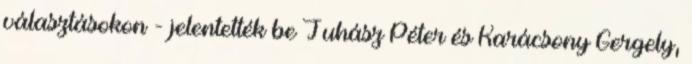
választásokon - jelentették be Juhász Péter és Karácsony Gergely,